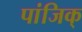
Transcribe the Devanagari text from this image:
पांजिक्